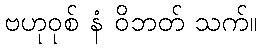
ဗဟုဝုစ် နံ ဝိဘတ် သက်။